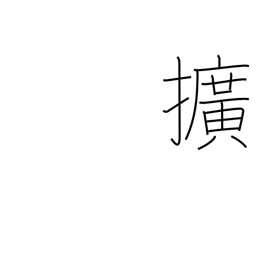
Meaning: broaden